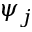
\psi _ { j }